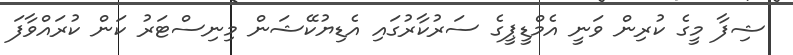
ޝިފާ މީގެ ކުރިން ވަނީ އެމްޑީޕީގެ ސަރުކާރުގައި އެޑިޔުކޭޝަން މިނިސްޓަރު ކަން ކުރައްވާފަ